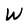
Character: W